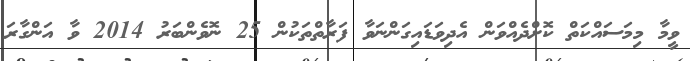
ވީމާ މިމަސައްކަތް ކޮށްދެއްވަން އެދިވަޑައިގަންނަވާ ފަރާތްތަކުން 25 ނޮވެންބަރު 2014 ވާ އަންގާރަ